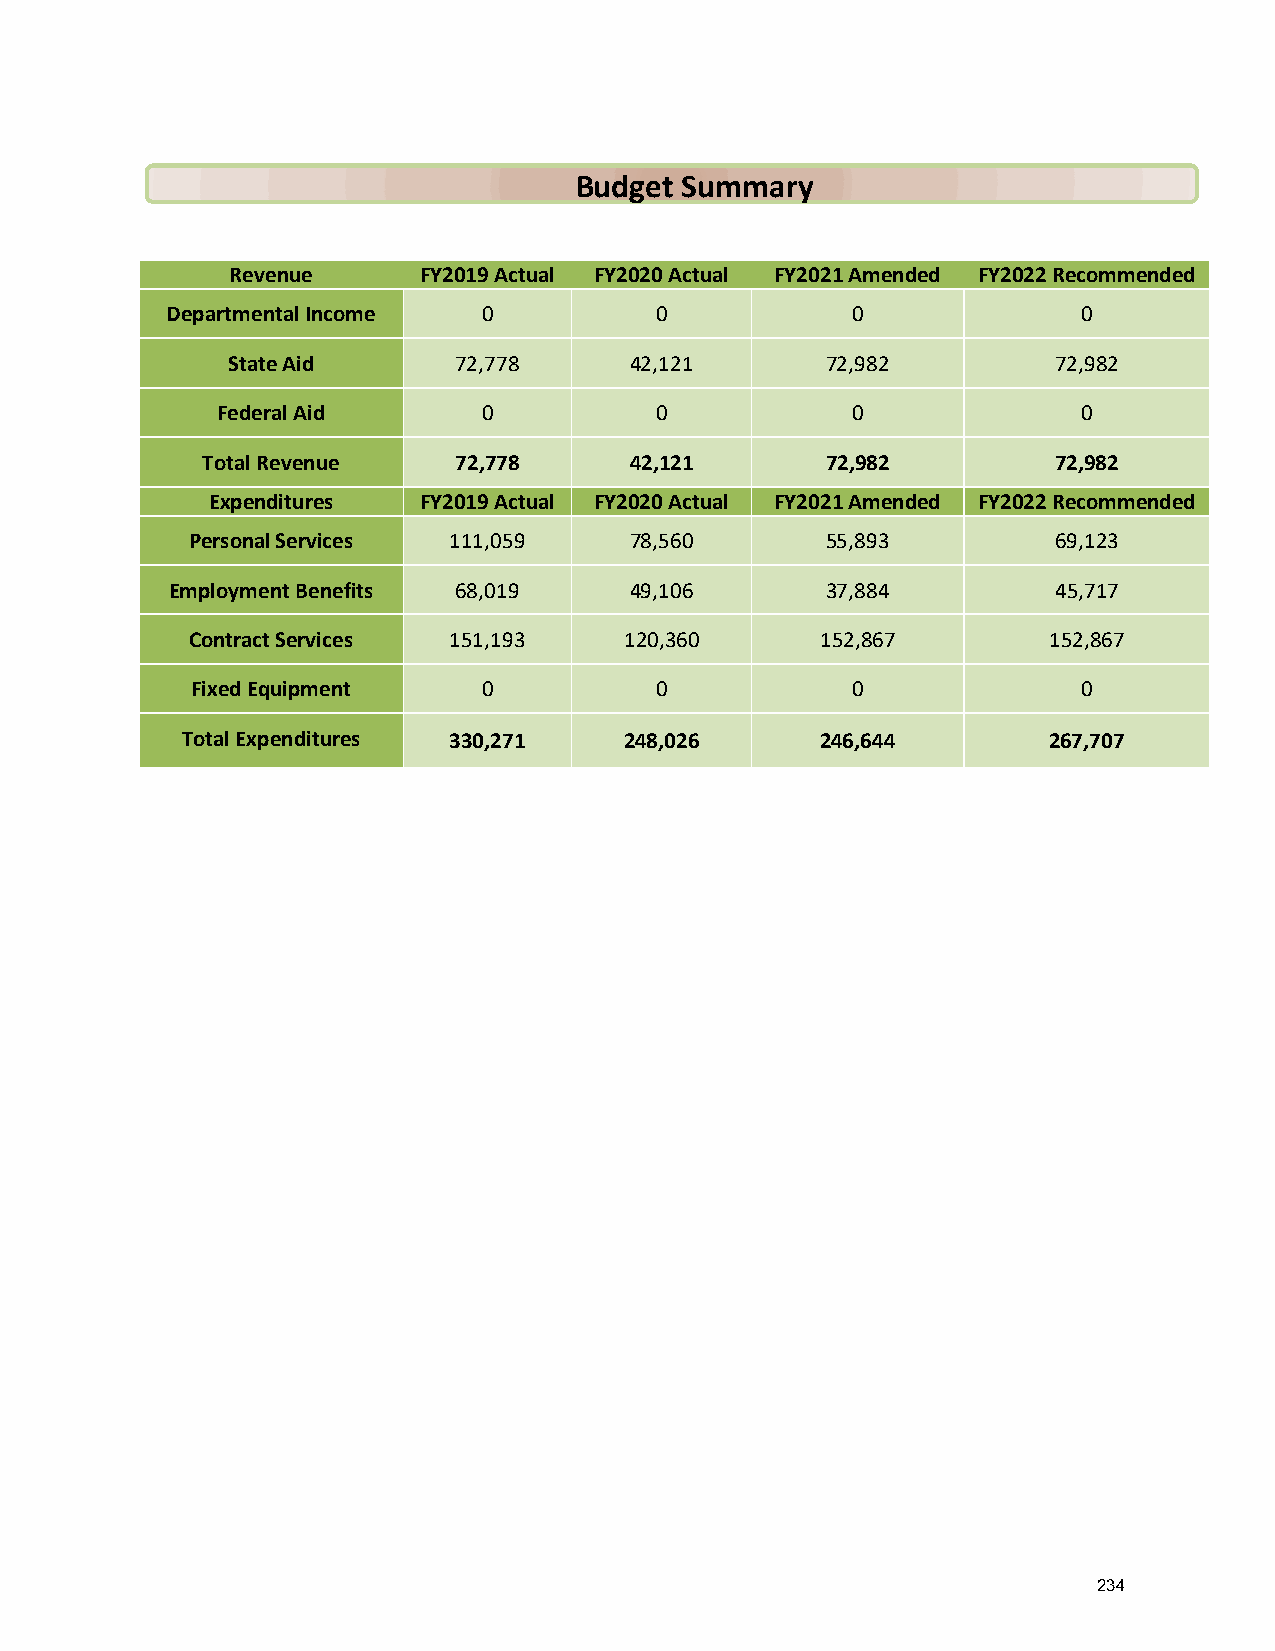
Budget Summary
 Revenue      FY2019 Actual FY2020 Actual FY2021 Amended FY2022 Recommended
 Departmental Income  0          0            0               0
 State Aid      72,778      42,121       72,982         72,982
 Federal Aid       0          0            0               0
 Total Revenue    72,778      42,121       72,982         72,982
 Expenditures  FY2019 Actual FY2020 Actual FY2021 Amended FY2022 Recommended
 Personal Services 111,059     78,560       55,893         69,123
 Employment Benefits 68,019     49,106       37,884         45,717
 Contract Services 151,193    120,360      152,867        152,867
 Fixed Equipment    0          0            0               0
 Total Expenditures 330,271   248,026      246,644        267,707
 234